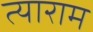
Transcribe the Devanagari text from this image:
त्याराम